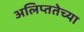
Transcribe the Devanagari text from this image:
अलिप्ततेच्या